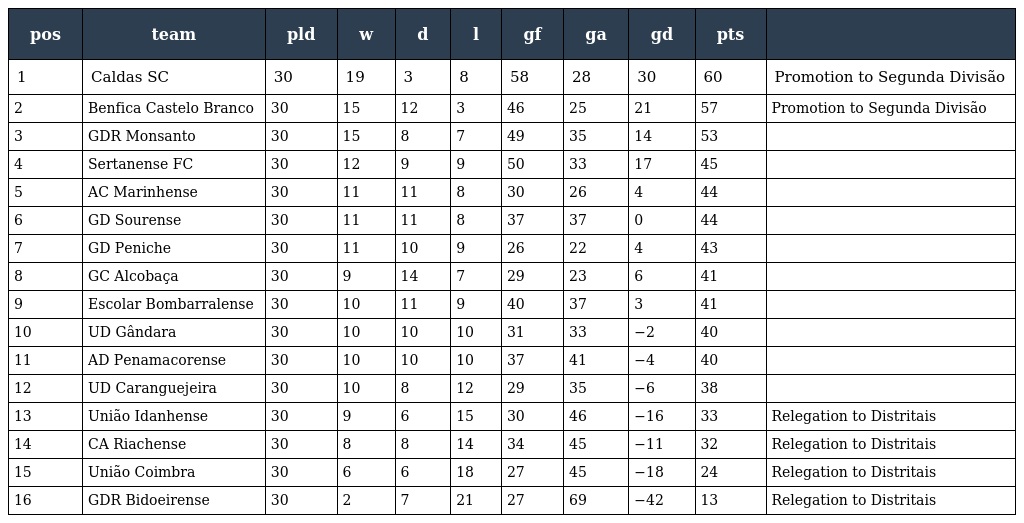
| pos | team | pld | w | d | l | gf | ga | gd | pts |  |
 | --- | --- | --- | --- | --- | --- | --- | --- | --- | --- | --- |
 | 1 | Caldas SC | 30 | 19 | 3 | 8 | 58 | 28 | 30 | 60 | Promotion to Segunda Divisão |
 | 2 | Benfica Castelo Branco | 30 | 15 | 12 | 3 | 46 | 25 | 21 | 57 | Promotion to Segunda Divisão |
 | 3 | GDR Monsanto | 30 | 15 | 8 | 7 | 49 | 35 | 14 | 53 |  |
 | 4 | Sertanense FC | 30 | 12 | 9 | 9 | 50 | 33 | 17 | 45 |  |
 | 5 | AC Marinhense | 30 | 11 | 11 | 8 | 30 | 26 | 4 | 44 |  |
 | 6 | GD Sourense | 30 | 11 | 11 | 8 | 37 | 37 | 0 | 44 |  |
 | 7 | GD Peniche | 30 | 11 | 10 | 9 | 26 | 22 | 4 | 43 |  |
 | 8 | GC Alcobaça | 30 | 9 | 14 | 7 | 29 | 23 | 6 | 41 |  |
 | 9 | Escolar Bombarralense | 30 | 10 | 11 | 9 | 40 | 37 | 3 | 41 |  |
 | 10 | UD Gândara | 30 | 10 | 10 | 10 | 31 | 33 | −2 | 40 |  |
 | 11 | AD Penamacorense | 30 | 10 | 10 | 10 | 37 | 41 | −4 | 40 |  |
 | 12 | UD Caranguejeira | 30 | 10 | 8 | 12 | 29 | 35 | −6 | 38 |  |
 | 13 | União Idanhense | 30 | 9 | 6 | 15 | 30 | 46 | −16 | 33 | Relegation to Distritais |
 | 14 | CA Riachense | 30 | 8 | 8 | 14 | 34 | 45 | −11 | 32 | Relegation to Distritais |
 | 15 | União Coimbra | 30 | 6 | 6 | 18 | 27 | 45 | −18 | 24 | Relegation to Distritais |
 | 16 | GDR Bidoeirense | 30 | 2 | 7 | 21 | 27 | 69 | −42 | 13 | Relegation to Distritais |